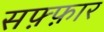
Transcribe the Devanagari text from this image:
सफ़्फ़ार